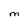
Character: M